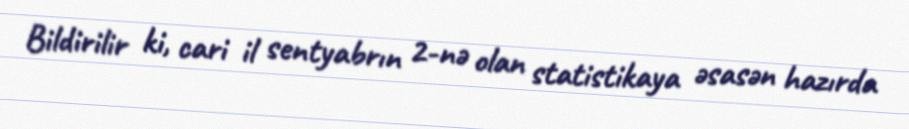
Bildirilir ki, cari il sentyabrın 2-nə olan statistikaya əsasən hazırda